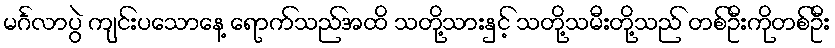
မင်္ဂလာပွဲ ကျင်းပသောနေ့ ရောက်သည်အထိ သတို့သားနှင့် သတို့သမီးတို့သည် တစ်ဦးကိုတစ်ဦး